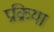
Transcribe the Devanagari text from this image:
प्रक्रिया